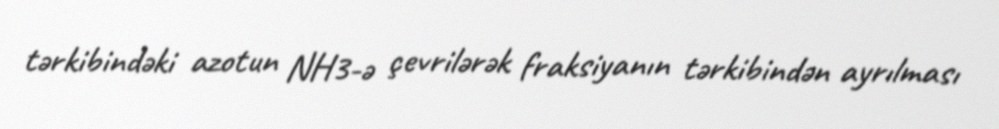
tərkibindəki azotun NH3-ə çevrilərək fraksiyanın tərkibindən ayrılması